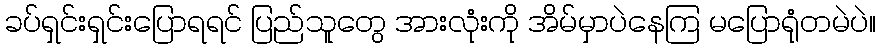
ခပ်ရှင်းရှင်းပြောရရင် ပြည်သူတွေ အားလုံးကို အိမ်မှာပဲနေကြ မပြောရုံတမဲပဲ။